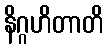
နိဂ္ဂဟိတာတိ